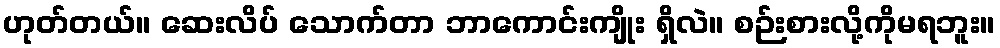
ဟုတ်တယ်။ ဆေးလိပ် သောက်တာ ဘာကောင်းကျိုး ရှိလဲ။ စဉ်းစားလို့ကိုမရဘူး။